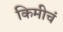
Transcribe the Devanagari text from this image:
किमीचं